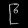
Digit: ၉